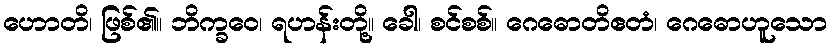
ဟောတိ၊ ဖြစ်၏။ ဘိက္ခဝေ၊ ရဟန်းတို့။ ခေါ၊ စင်စစ်။ ဂေဓောတိဧတံ၊ ဂေဓောဟူသော